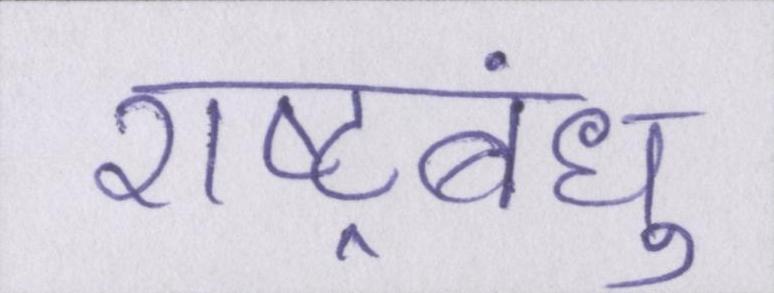
राष्ट्रबंधु